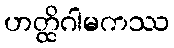
ဟတ္ထိဂါမကဿ